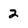
Character: 2